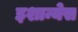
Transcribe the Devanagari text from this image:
इशान्येस